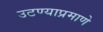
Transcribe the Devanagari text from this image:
उटण्याप्रमाणे